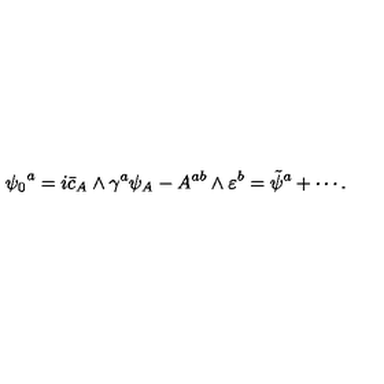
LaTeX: { \psi _ { 0 } } ^ { a } = i \bar { c } _ { A } \wedge \gamma ^ { a } \psi _ { A } - A ^ { a b } \wedge \varepsilon ^ { b } = { \tilde { \psi } } ^ { a } + \cdots .